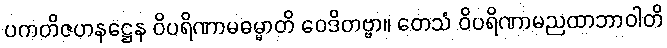
ပကတိဇဟနဋ္ဌေန ဝိပရိဏာမဓမ္မာတိ ဝေဒိတဗ္ဗာ။ တေသံ ဝိပရိဏာမညထာဘာဝါတိ